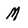
Character: M